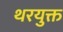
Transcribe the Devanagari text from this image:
थरयुक्त